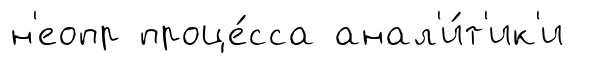
н'еопр проце́сса анал'и́т'ик'и